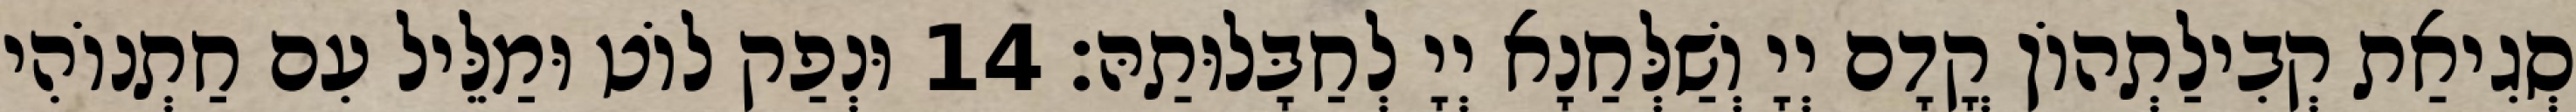
סְגִיאַת קְבִילַתְהוֹן קֳדָם יְיָ וְשַׁלְּחַנָא יְיָ לְחַבָּלוּתַהּ׃ 14 וּנְפַק לוֹט וּמַלֵּיל עִם חַתְנוֹהִי